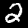
Digit: 2